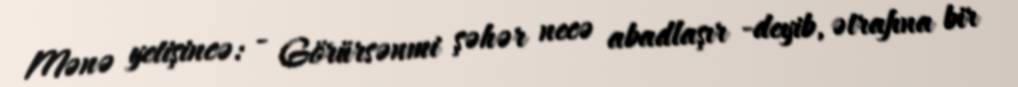
Mənə yetişincə: - Görürsənmi şəhər necə abadlaşır -deyib, ətrafına bir